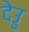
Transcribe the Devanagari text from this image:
देउु